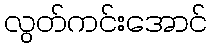
လွတ်ကင်းအောင်